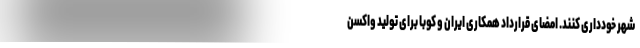
شهر خودداری کنند. امضای قرارداد همکاری ایران و کوبا برای تولید واکسن